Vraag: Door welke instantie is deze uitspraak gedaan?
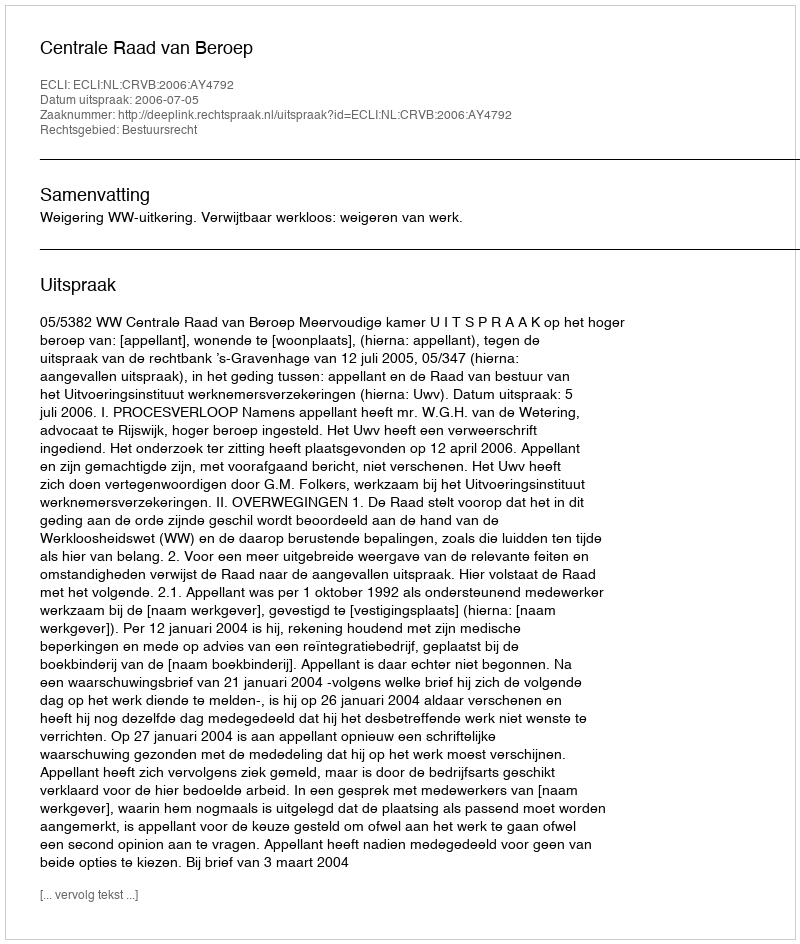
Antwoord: Centrale Raad van Beroep